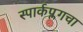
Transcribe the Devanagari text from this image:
स्पार्कप्लगचा